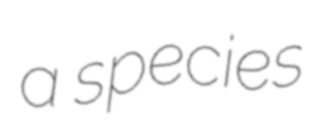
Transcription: a species